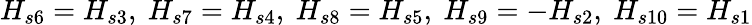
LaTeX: H_{s6}=H_{s3},~H_{s7}=H_{s4},~H_{s8}=H_{s5},~H_{s9}=-H_{s2},~H_{s10}=H_{s1}